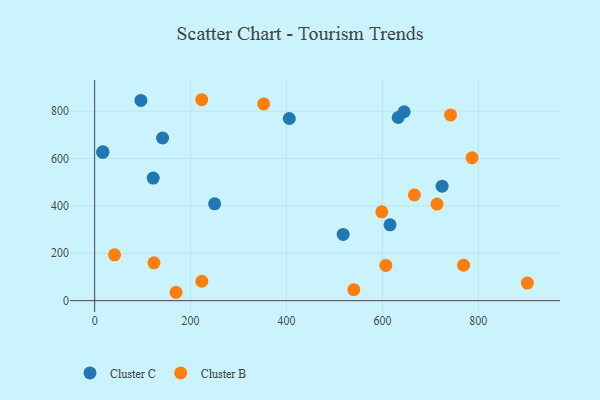
{"axis": {"x": "Study Hours", "y": "Profit"}, "legend": ["Cluster B", "Cluster C"], "data": [{"x": "96.4", "y": 845.3, "type": "Cluster C"}, {"x": "122.1", "y": 517.4, "type": "Cluster C"}, {"x": "518.1", "y": 279.4, "type": "Cluster C"}, {"x": "615.8", "y": 320.2, "type": "Cluster C"}, {"x": "17.3", "y": 628.4, "type": "Cluster C"}, {"x": "632.8", "y": 773.0, "type": "Cluster C"}, {"x": "141.6", "y": 686.6, "type": "Cluster C"}, {"x": "16.6", "y": 625.9, "type": "Cluster C"}, {"x": "250.1", "y": 408.9, "type": "Cluster C"}, {"x": "724.4", "y": 483.1, "type": "Cluster C"}, {"x": "645.3", "y": 797.4, "type": "Cluster C"}, {"x": "405.8", "y": 768.9, "type": "Cluster C"}, {"x": "123.6", "y": 159.9, "type": "Cluster B"}, {"x": "223.2", "y": 848.1, "type": "Cluster B"}, {"x": "742.0", "y": 784.1, "type": "Cluster B"}, {"x": "902.2", "y": 74.2, "type": "Cluster B"}, {"x": "223.4", "y": 82.0, "type": "Cluster B"}, {"x": "769.1", "y": 149.9, "type": "Cluster B"}, {"x": "352.4", "y": 830.5, "type": "Cluster B"}, {"x": "786.9", "y": 603.2, "type": "Cluster B"}, {"x": "607.0", "y": 148.6, "type": "Cluster B"}, {"x": "713.8", "y": 407.6, "type": "Cluster B"}, {"x": "666.6", "y": 446.2, "type": "Cluster B"}, {"x": "41.5", "y": 193.4, "type": "Cluster B"}, {"x": "598.6", "y": 375.1, "type": "Cluster B"}, {"x": "169.6", "y": 35.4, "type": "Cluster B"}, {"x": "540.3", "y": 46.5, "type": "Cluster B"}]}